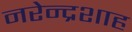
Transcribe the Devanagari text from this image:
नरेन्द्रशाह